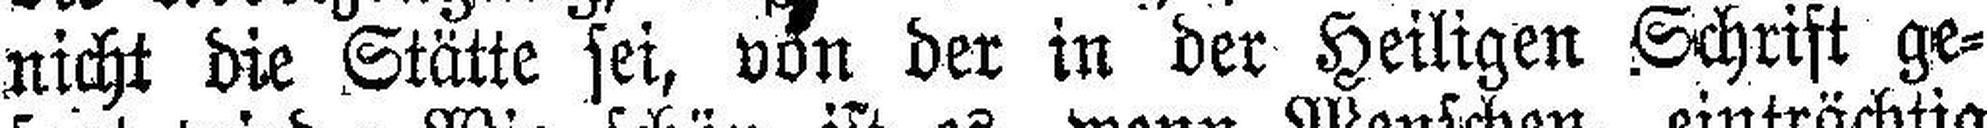
nicht die Stätte sei, von der in der Heiligen Schrift ge¬